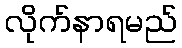
လိုက်နာရမည်